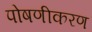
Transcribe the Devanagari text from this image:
पोषणीकरण